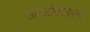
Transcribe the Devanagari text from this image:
ऊरळीकांचनला